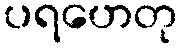
ပရဟေတု